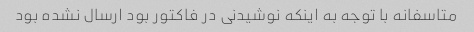
متاسفانه با توجه به اینکه نوشیدنی در فاکتور بود ارسال نشده بود